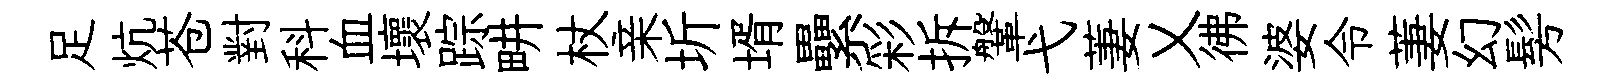
足炕苍對科血壞踪畊杖亲圻壻纍彩拆鞶弋萋乂彿婆令萋幻髣